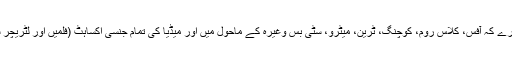
اب ہر مرد اور عورت اپنے آپ کو اس جگہ رکھ کر تصور کرے کہ آفس، کلاس روم، کوچنگ، ٹرین، میٹرو، سٹی بس وغیرہ کے ماحول میں اور میڈیا کی تمام جنسی اکساہٹ (فلمیں اور لٹریچر سمیت) کے بعد کیا مندرجہ بالا قوانین پر عمل کرنا آسان ہے؟